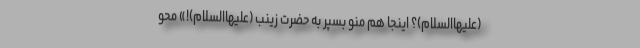
(علیهاالسلام)؟ اینجا هم منو بسپر به حضرت زینب (علیهاالسلام)!» محو